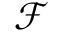
\mathcal { F }